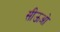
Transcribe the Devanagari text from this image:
सीऊओ